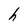
Character: h